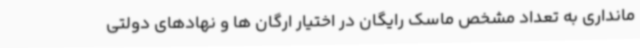
مانداری به تعداد مشخص ماسک رایگان در اختیار ارگان ها و نهادهای دولتی